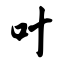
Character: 叶